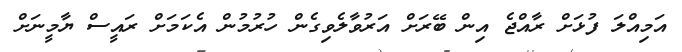
އަމިއްލަ ފުޅަށް ރާއްޖެ އިން ބޭރަށް އަރުވާލެވިގެން ހުރުމުން އެކަމަށް ރައީސް ޔާމީނަށް